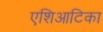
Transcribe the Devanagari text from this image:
एशिआटिका